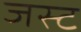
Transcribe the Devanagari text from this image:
जस्‍ट